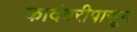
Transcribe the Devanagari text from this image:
कादंबरीपासून